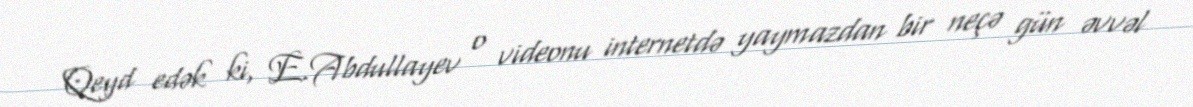
Qeyd edək ki, E.Abdullayev o videonu internetdə yaymazdan bir neçə gün əvvəl